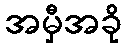
အမှီအခို